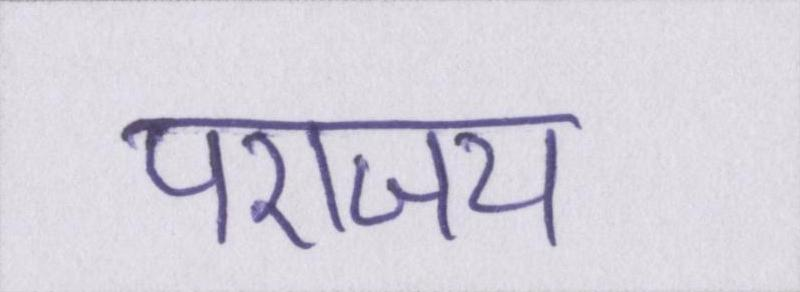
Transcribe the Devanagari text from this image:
पराजय